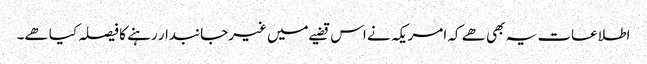
اطلاعات یہ بھی ھے کہ امریکہ نے اس قضیے میں غیرجانبدار رہنے کا فیصلہ کیا ھے۔